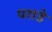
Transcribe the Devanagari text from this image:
पराडे